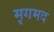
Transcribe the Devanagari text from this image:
मृगमद